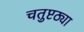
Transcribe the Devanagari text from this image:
चतुष्टठ्या